Civil Veterinary Department. Madras. Admin. report 1926-33 - 1926-1933
Year: 1926
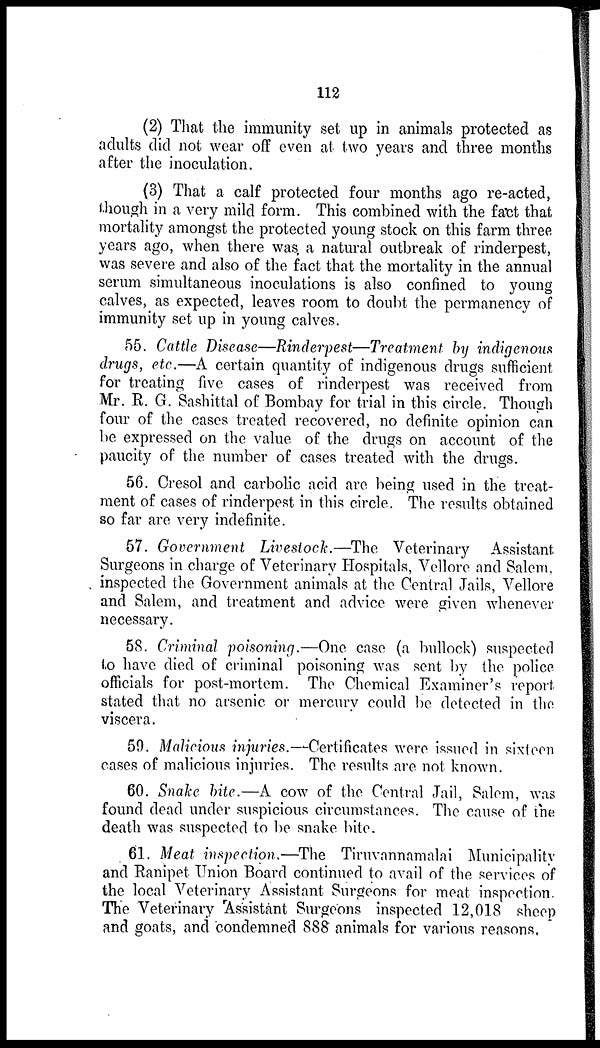
112
(2) That the immunity set up in animals protected as
adults did not wear off even at two years and three months
after the inoculation.
(3) That a calf protected four months ago re-acted,
though in a very mild form. This combined with the fact that
mortality amongst the protected young stock on this farm three
years ago, when there was a natural outbreak of rinderpest,
was severe and also of the fact that the mortality in the annual
serum simultaneous inoculations is also confined to young
calves, as expected, leaves room to doubt the permanency of
immunity set up in young calves.
55. Cattle Disease—Rinderpest—Treatment by indigenous
drugs, etc.—A certain quantity of indigenous drugs sufficient
for treating five cases of rinderpest was received from
Mr. R. G. Sashittal of Bombay for trial in this circle. Though
four of the cases treated recovered, no definite opinion can
be expressed on the value of the drugs on account of the
paucity of the number of cases treated with the drugs.
56. Cresol and carbolic acid are being used in the treat-
ment of cases of rinderpest in this circle. The results obtained
so far are very indefinite.
57. Government Livestock.—The Veterinary Assistant
Surgeons in charge of Veterinary Hospitals, Vellore and Salem,
inspected the Government animals at the Central Jails, Vellore
and Salem, and treatment and advice were given whenever
necessary.
58. Criminal poisoning.—One case (a bullock) suspected
to have died of criminal poisoning was sent by the police
officials for post-mortem. The Chemical Examiner's report
stated that no arsenic or mercury could be detected in the
viscera.
59. Malicious injuries.—Certificates were issued in sixteen
cases of malicious injuries. The results are not known.
60. Snake bite.—A cow of the Central Jail, Salem, was
found dead under suspicious circumstances. The cause of the
death was suspected to be snake bite.
61. Meat inspection.—The Tiruvannamalai Municipality
and Ranipet Union Board continued to avail of the services of
the local Veterinary Assistant Surgeons for meat inspection.
The Veterinary Assistant Surgeons inspected 12,018 sheep
and goats, and condemned 888 animals for various reasons.